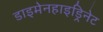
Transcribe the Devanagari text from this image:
डाइमेनहाइड्रिनेट